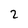
Character: 2